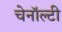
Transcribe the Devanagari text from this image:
चेनॉल्टी